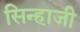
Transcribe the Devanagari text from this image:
सिन्हाजी